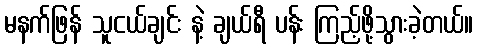
မနက်ဖြန် သူငယ်ချင်း နဲ့ ချယ်ရီ ပန်း ကြည့်ဖို့သွားခဲ့တယ်။